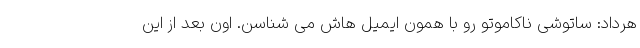
هرداد: ساتوشی ناکاموتو رو با همون ایمیل هاش می شناسن. اون بعد از این